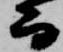
而